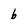
Character: 6